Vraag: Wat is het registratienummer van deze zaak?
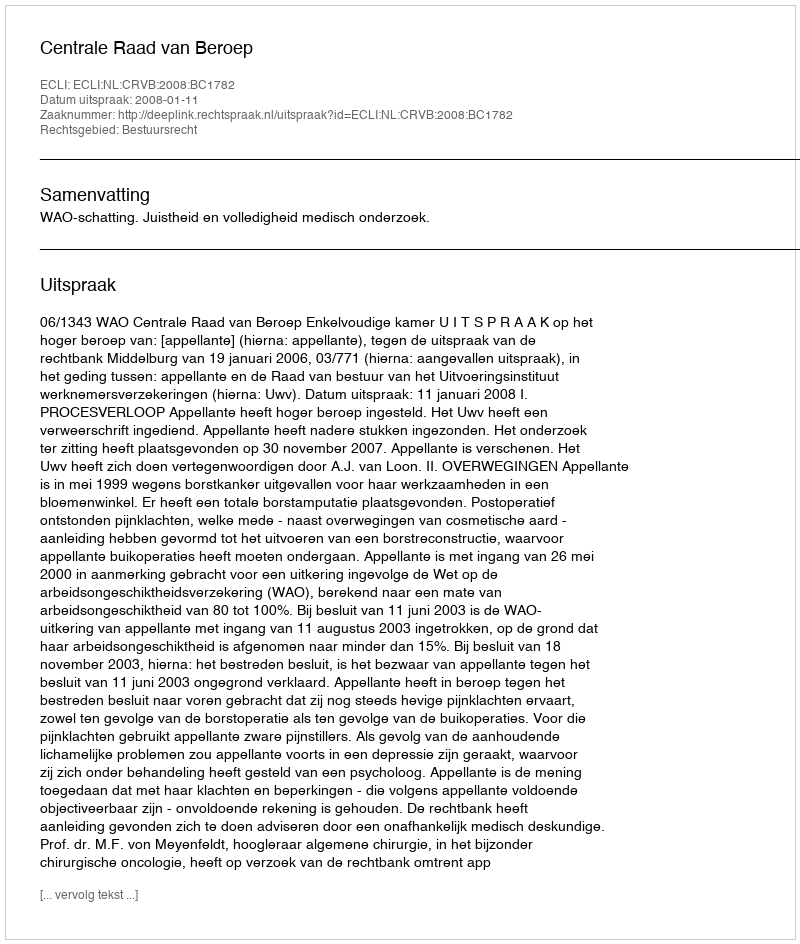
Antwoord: http://deeplink.rechtspraak.nl/uitspraak?id=ECLI:NL:CRVB:2008:BC1782